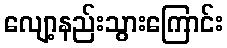
လျော့နည်းသွားကြောင်း